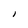
Character: I